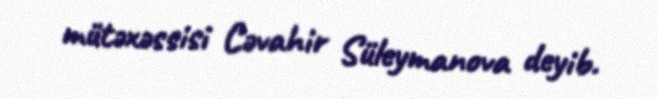
mütəxəssisi Cəvahir Süleymanova deyib.